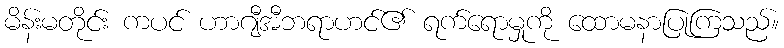
မိန်းမတိုင်း ကပင် ဟာဂျီအီဘရာဟင်၏ ရက်ရောမှုကို ထောမနာပြုကြသည်။